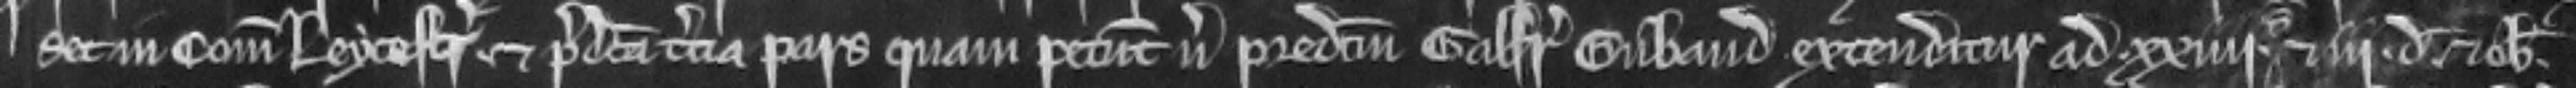
set in comitatu Leycestr et predicta tercia pars quam petunt versus predictum Galfridum Cubaud extenditur ad xxiili solidos et iii denarios et obolum